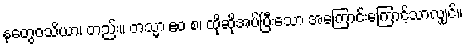
နတွေဝသိယာ၊ တည်း။ တသ္မာ ဧဝ စ၊ ထိုဆိုအပ်ပြီးသော အကြောင်းကြောင့်သာလျှင်။